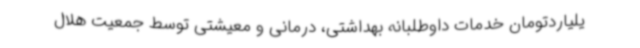
یلیاردتومان خدمات داوطلبانه بهداشتی، درمانی و معیشتی توسط جمعیت هلال